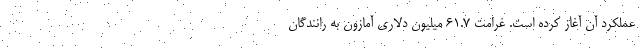
عملکرد آن آغاز کرده است. غرامت ۶۱.۷ میلیون دلاری آمازون به رانندگان